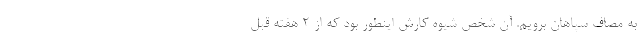
به مصاف سپاهان برویم. آن شخص شیوه کارش اینطور بود که از 2 هفته قبل